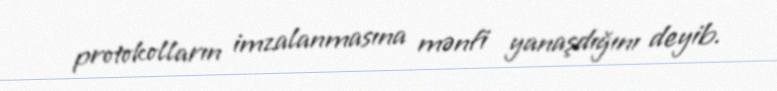
protokolların imzalanmasına mənfi yanaşdığını deyib.